Annual administration report of the Civil Veterinary Department, Sind - 1944-1945
Year: 1944
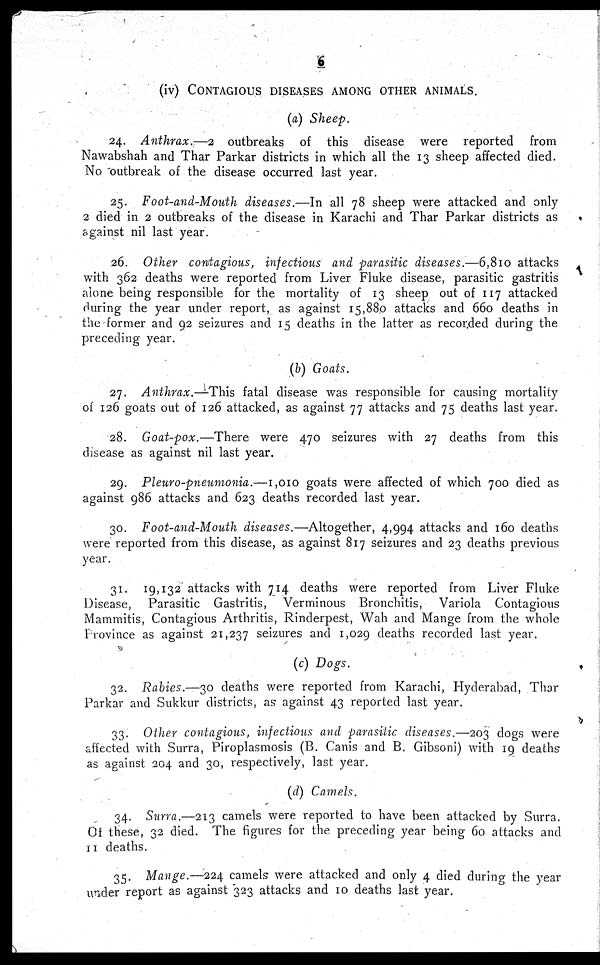
6
(iv) CONTAGIOUS DISEASES AMONG OTHER ANIMALS.
(a) Sheep.
24. Anthrax.—2 outbreaks of this disease were reported from
Nawabshah and Thar Parkar districts in which all the 13 sheep affected died.
No outbreak of the disease occurred last year.
25. Foot-and-Mouth diseases.—In all 78 sheep were attacked and only
2 died in 2 outbreaks of the disease in Karachi and Thar Parkar districts as
against nil last year.
26. Other contagious, infectious and parasitic diseases.—6,810 attacks
with 362 deaths were reported from Liver Fluke disease, parasitic gastritis
alone being responsible for the mortality of 13 sheep out of 117 attacked
during the year under report, as against 15,880 attacks and 660 deaths in
the former and 92 seizures and 15 deaths in the latter as recorded during the
preceding year.
(b) Goats.
27. Anthrax.—This fatal disease was responsible for causing mortality
of 126 goats out of 126 attacked, as against 77 attacks and 75 deaths last year.
28. Goat-pox.—There were 470 seizures with 27 deaths from this
disease as against nil last year.
29. Pleuro-pneumonia.—1,010 goats were affected of which 700 died as
against 986 attacks and 623 deaths recorded last year.
30. Foot-and-Mouth diseases.—Altogether, 4,994 attacks and 160 deaths
were reported from this disease, as against 817 seizures and 23 deaths previous
year.
31. 19,132 attacks with 714 deaths were reported from Liver Fluke
Disease, Parasitic Gastritis, Verminous Bronchitis, Variola Contagious
Mammitis, Contagious Arthritis, Rinderpest, Wah and Mange from the whole
Province as against 21,237 seizures and 1,029 deaths recorded last year.
(c) Dogs.
32. Rabies.—30 deaths were reported from Karachi, Hyderabad, Thar
Parkar and Sukkur districts, as against 43 reported last year.
33. Other contagious, infectious and parasitic diseases.—203 dogs were
affected with Surra, Piroplasmosis (B. Canis and B. Gibsoni) with 19 deaths
as against 204 and 30, respectively, last year.
(d) Camels.
34. Surra.—213 camels were reported to have been attacked by Surra.
Of these, 32 died. The figures for the preceding year being 60 attacks and
11 deaths.
35. Mange.—224 camels were attacked and only 4 died during the year
under report as against 323 attacks and 10 deaths last year.